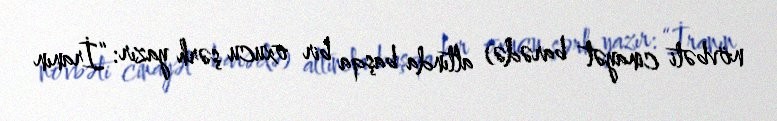
növbəti cinayət barədə) altında başqa bir oxucu şərh yazır: “İranın